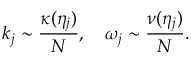
k _ { j } \sim \frac { \kappa ( \eta _ { j } ) } { N } , \quad \omega _ { j } \sim \frac { \nu ( \eta _ { j } ) } { N } .